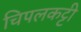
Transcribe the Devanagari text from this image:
चिपलकट्टी